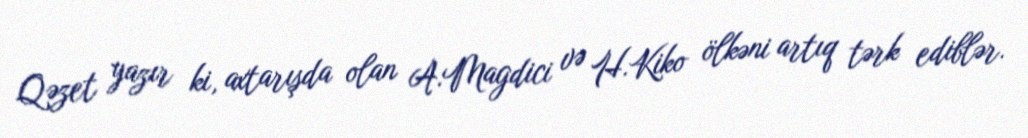
Qəzet yazır ki, axtarışda olan A.Magdici və H.Kiko ölkəni artıq tərk ediblər.